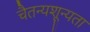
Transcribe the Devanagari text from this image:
चैतन्यशून्यता